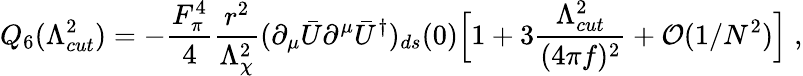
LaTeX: Q_{6}(\Lambda_{cut}^{2})=-\frac{F_{\pi}^{4}}{4}\frac{r^{2}}{\Lambda_{\chi}^{2}}(\partial_{\mu}\bar{U}\partial^{\mu}\bar{U}^{\dagger})_{ds}(0)\Big[1+3\frac{\Lambda_{cut}^{2}}{(4\pi f)^{2}}+{\cal O}(1/N^{2})\Big]\; ,